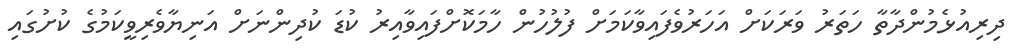
ދިރިއުޅެމުންދާތާ ހަތަރު ވަރަކަށް އަހަރުވެފައިވާކަމަށް ފުލުހުން ހާމަކޮށްފައިވާއިރު ކުޑަ ކުދިންނަށް އަނިޔާވެރިވީކަމުގެ ކުށުގައި